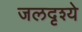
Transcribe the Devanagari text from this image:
जलदृश्ये